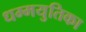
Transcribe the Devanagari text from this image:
धम्मयुतिका